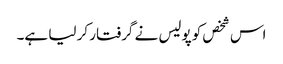
اس شخص کو پولیس نے گرفتار کر لیا ہے۔